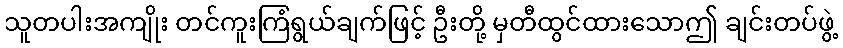
သူတပါးအကျိုး တင်ကူးကြံရွယ်ချက်ဖြင့် ဦးတို့ မှတီထွင်ထားသောဤ ချင်းတပ်ဖွဲ့